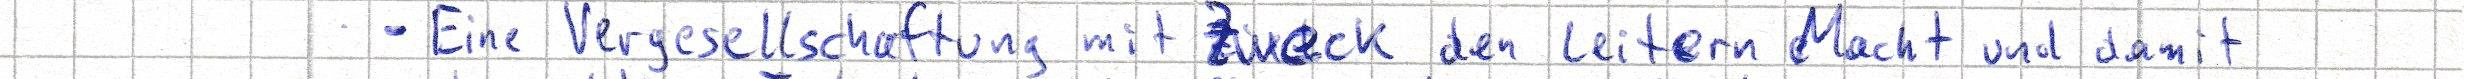
- Eine Vergesellschaftung mit Zweck den Leitern Macht und damit